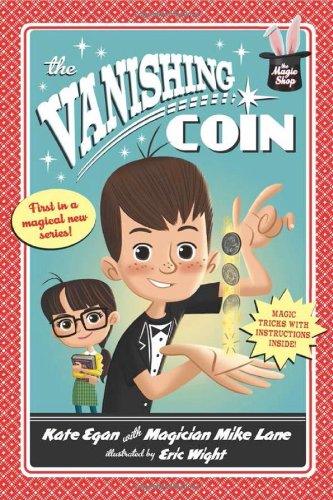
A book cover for The Vanishing Coin (Magic Shop Series); Kate Egan; Children's Books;